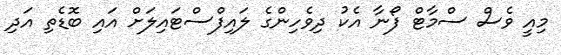
މިއީ ވެސް ސްމާޓް ފޯނާ އެކު ދިވެހިންގެ ލައިފްސްޓައިލަށް އައި ބޮޑެތި އަދި